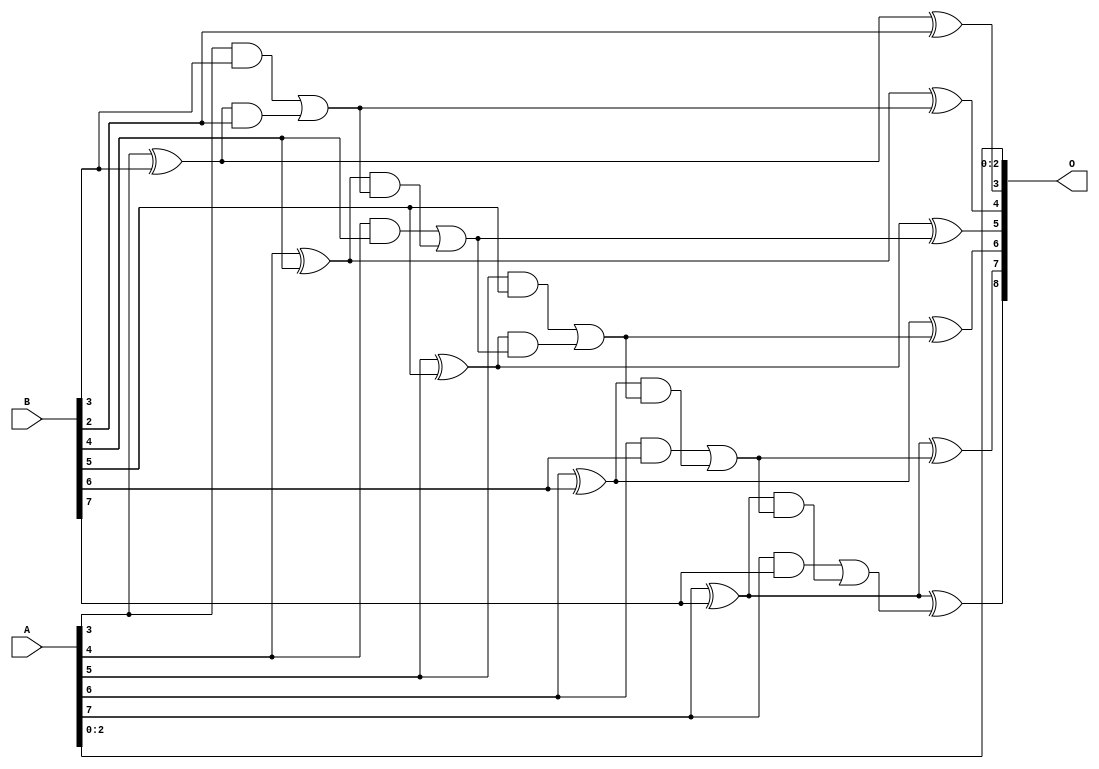
// This program was cloned from: https://github.com/ehw-fit/evoapproxlib
// License: MIT License

/***
* This code is a part of EvoApproxLib library (ehw.fit.vutbr.cz/approxlib) distributed under The MIT License.
* When used, please cite the following article(s): V. Mrazek, L. Sekanina, Z. Vasicek "Libraries of Approximate Circuits: Automated Design and Application in CNN Accelerators" IEEE Journal on Emerging and Selected Topics in Circuits and Systems, Vol 10, No 4, 2020 
* This file contains a circuit from a sub-set of pareto optimal circuits with respect to the pwr and wce parameters
***/
// MAE% = 0.78 %
// MAE = 2.0 
// WCE% = 1.56 %
// WCE = 4.0 
// WCRE% = 400.00 %
// EP% = 87.50 %
// MRE% = 8.05 %
// MSE = 5.5 
// PDK45_PWR = 0.023 mW
// PDK45_AREA = 48.8 um2
// PDK45_DELAY = 0.43 ns

module add8se_90R (
    A,
    B,
    O
);

input [7:0] A;
input [7:0] B;
output [8:0] O;

wire sig_28,sig_29,sig_30,sig_31,sig_32,sig_33,sig_34,sig_35,sig_36,sig_37,sig_38,sig_39,sig_40,sig_41,sig_42,sig_43,sig_44,sig_45,sig_46,sig_47;
wire sig_48,sig_49,sig_50,sig_51,sig_52,sig_53,sig_54;

assign sig_28 = A[3] ^ B[3];
assign sig_29 = A[3] & B[3];
assign sig_30 = sig_28 & B[2];
assign sig_31 = sig_28 ^ B[2];
assign sig_32 = sig_29 | sig_30;
assign sig_33 = A[4] ^ B[4];
assign sig_34 = A[4] & B[4];
assign sig_35 = sig_33 & sig_32;
assign sig_36 = sig_33 ^ sig_32;
assign sig_37 = sig_34 | sig_35;
assign sig_38 = A[5] ^ B[5];
assign sig_39 = A[5] & B[5];
assign sig_40 = sig_38 & sig_37;
assign sig_41 = sig_38 ^ sig_37;
assign sig_42 = sig_39 | sig_40;
assign sig_43 = A[6] ^ B[6];
assign sig_44 = A[6] & B[6];
assign sig_45 = sig_43 & sig_42;
assign sig_46 = sig_43 ^ sig_42;
assign sig_47 = sig_44 | sig_45;
assign sig_48 = A[7] ^ B[7];
assign sig_49 = A[7] & B[7];
assign sig_50 = sig_48 & sig_47;
assign sig_51 = sig_48 ^ sig_47;
assign sig_52 = sig_49 | sig_50;
assign sig_53 = A[7] ^ B[7];
assign sig_54 = sig_53 ^ sig_52;

assign O[8] = sig_54;
assign O[7] = sig_51;
assign O[6] = sig_46;
assign O[5] = sig_41;
assign O[4] = sig_36;
assign O[3] = sig_31;
assign O[2] = A[2];
assign O[1] = A[1];
assign O[0] = A[0];

endmodule